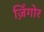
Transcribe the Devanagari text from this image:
ज़िंगोर